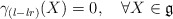
\begin{align*}\gamma_{(l-lr)}(X)=0,\quad\forall X\in\mathfrak{g}\end{align*}